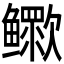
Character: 𬶷